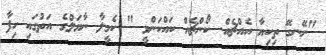
"ނޭނގޭ ތިކިޔާ އެއްޗެއް. ކޯންޗެއް ކައްކަންވީ " ކެމީލާ ނާޔަލްގެ އަތުގައި ހިފާ